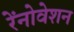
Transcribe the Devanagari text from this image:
रेंनोवेशन